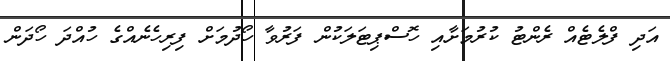
އަދި ފްލެޓެއް ރެންޓު ކުރުމަށާއި ހޮސްޕިޓަލަކުން ފަރުވާ ހޯދުމަށް ފިރިހެނެއްގެ ހުއްދަ ހޯދަން